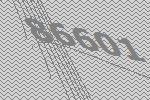
86601